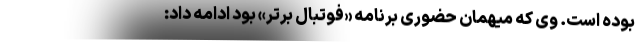
بوده است. وی که میهمان حضوری برنامه «فوتبال برتر» بود ادامه داد: